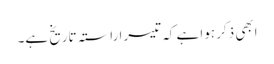
ابھی ذکر ہوا ہے کہ تیسرا راستہ تاریخ ہے۔